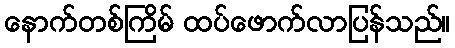
နောက်တစ်ကြိမ် ထပ်ဖောက်လာပြန်သည်။